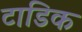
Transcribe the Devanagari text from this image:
टाडिक